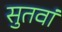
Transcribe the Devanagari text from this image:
सुतवां